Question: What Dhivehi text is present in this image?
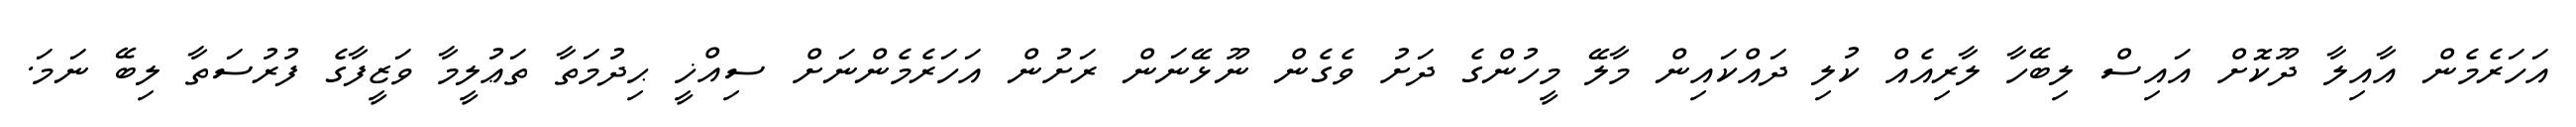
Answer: އަހަރެމެން އާއިލާ ދޫކޮށް އައިސް ލިބޭހާ ލާރިއެއް ކުލި ދައްކައިން މާލޭ މީހުންގެ ދަށު ވެގެން ނޫޅޭނަން ރަށުން އަހަރެމެންނަށް ސިއްޚީ ޙިދުމަތާ ތަޢުލީމާ ވަޒީފާގެ ފުރުސަތާ ލިބޭ ނަމަ.